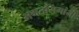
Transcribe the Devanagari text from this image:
भगतसिंगांनी